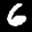
Label: 6